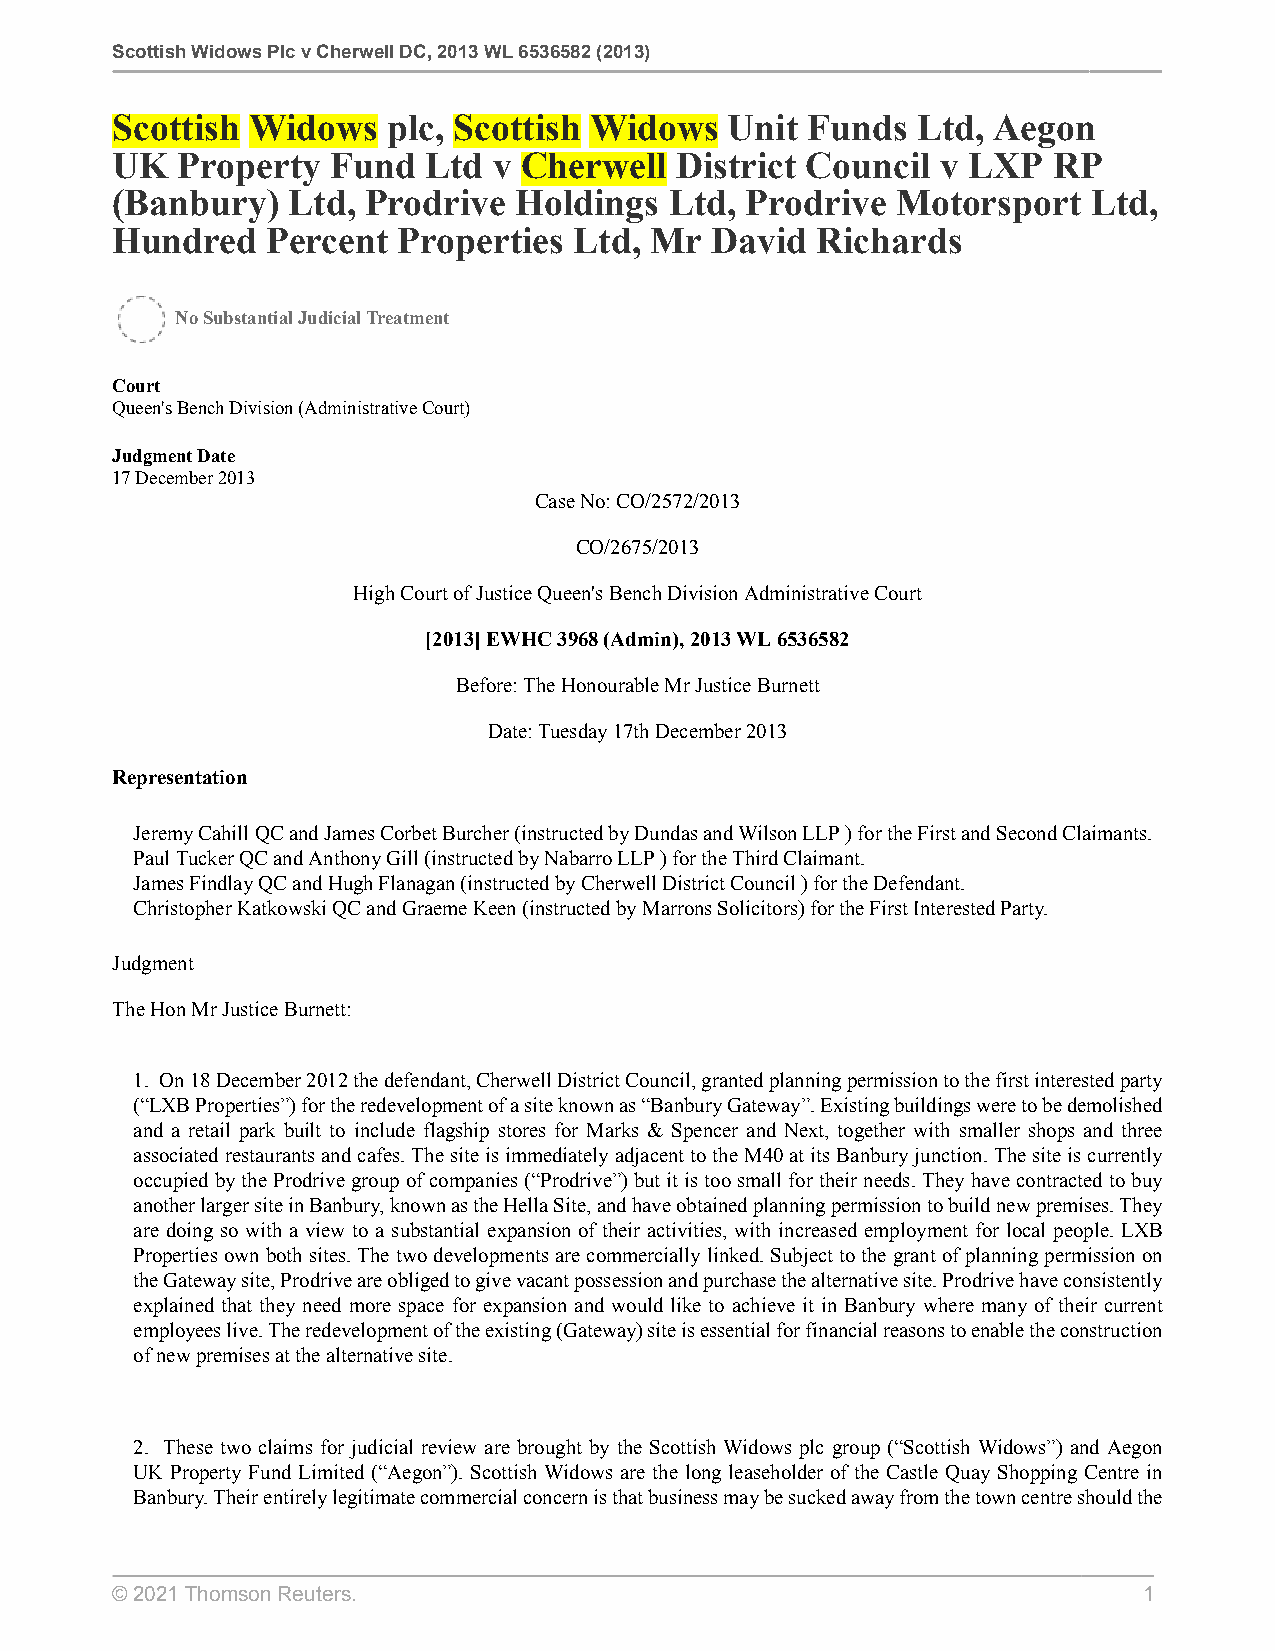
Scottish Widows Plc v Cherwell DC, 2013 WL 6536582 (2013)
 Scottish Widows    plc, Scottish Widows  Unit Funds   Ltd, Aegon
 UK   Property  Fund  Ltd  v Cherwell  District Council v LXP   RP
 (Banbury)   Ltd, Prodrive  Holdings  Ltd, Prodrive  Motorsport   Ltd,
 Hundred    Percent Properties  Ltd, Mr  David  Richards
 No Substantial Judicial Treatment
 Court
 Queen's Bench Division (Administrative Court)
 Judgment Date
 17 December 2013
 Case No: CO/2572/2013
 CO/2675/2013
 High Court of Justice Queen's Bench Division Administrative Court
 [2013] EWHC 3968 (Admin), 2013 WL 6536582
 Before: The Honourable Mr Justice Burnett
 Date: Tuesday 17th December 2013
 Representation
 Jeremy Cahill QC and James Corbet Burcher (instructed by Dundas and Wilson LLP ) for the First and Second Claimants .
 Paul Tucker QC and Anthony Gill (instructed by Nabarro LLP ) for the Third Claimant.
 James Findlay QC and Hugh Flanagan (instructed by Cherwell District Council ) for the Defendant.
 Christopher Katkowski QC and Graeme Keen (instructed by Marrons Solicitors) for the First Interested Party.
 Judgment
 The Hon Mr Justice Burnett:
 1. On 18 December 2012 the defendant, Cherwell District Council, granted planning permission to the first interested party
 (“LXB Properties”) for the redevelopment of a site known as “Banbury Gateway”. Existing buildings were to be demolished
 and a retail park built to include flagship stores for Marks & Spencer and Next, together with smaller shops and three
 associated restaurants and cafes. The site is immediately adjacent to the M40 at its Banbury junction. The site is currently
 occupied by the Prodrive group of companies (“Prodrive”) but it is too small for their needs. They have contracted to buy
 another larger site in Banbury, known as the Hella Site, and have obtained planning permission to build new premises. They
 are doing so with a view to a substantial expansion of their activities, with increased employment for local people. LXB
 Properties own both sites. The two developments are commercially linked. Subject to the grant of planning permission on
 the Gateway site, Prodrive are obliged to give vacant possession and purchase the alternative site. Prodrive have consistently
 explained that they need more space for expansion and would like to achieve it in Banbury where many of their current
 employees live. The redevelopment of the existing (Gateway) site is essential for financial reasons to enable the construction
 of new premises at the alternative site.
 2. These two claims for judicial review are brought by the Scottish Widows plc group (“Scottish Widows”) and Aegon
 UK Property Fund Limited (“Aegon”). Scottish Widows are the long leaseholder of the Castle Quay Shopping Centre in
 Banbury. Their entirely legitimate commercial concern is that business may be sucked away from the town centre should the
 © 2021 Thomson Reuters.                                              1